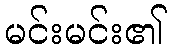
မင်းမင်း၏